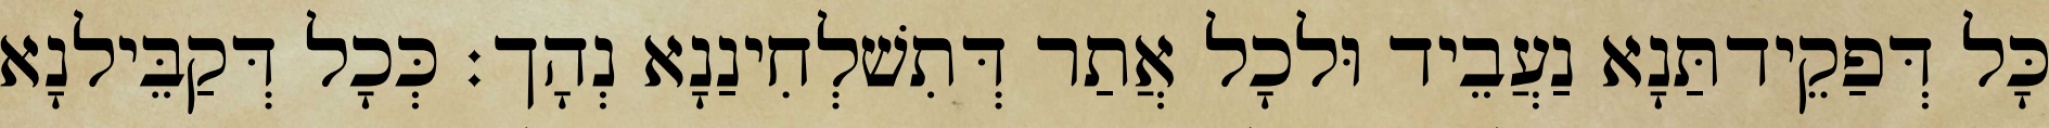
כָּל דְּפַקֵידתַּנָא נַעֲבֵיד וּלכָל אֲתַר דְּתִשׁלְחִינַנָא נְהָך׃ כְּכָל דְּקַבֵּילנָא